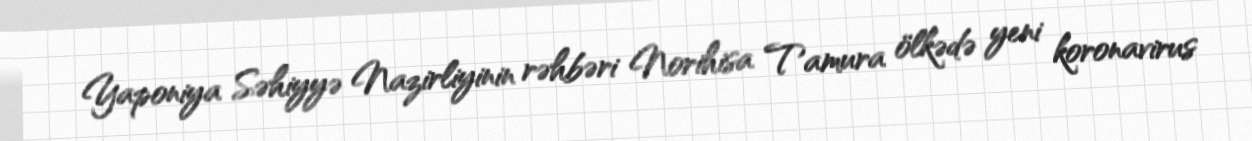
Yaponiya Səhiyyə Nazirliyinin rəhbəri Norihisa Tamura ölkədə yeni koronavirus